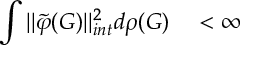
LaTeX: \int | | { \tilde { \varphi } } ( G ) | | _ { i n t } ^ { 2 } d \rho ( G ) \quad < \infty